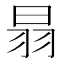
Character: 𦐇